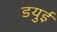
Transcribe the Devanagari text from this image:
डयुई